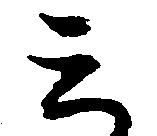
ミ